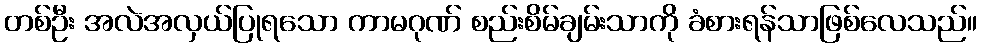
တစ်ဦး အလဲအလှယ်ပြုရသော ကာမဂုဏ် စည်းစိမ်ချမ်းသာကို ခံစားရန်သာဖြစ်လေသည်။